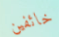
خائفين